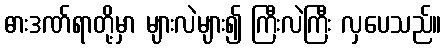
ဓားဒဏ်ရာတို့မှာ များလဲများ၍ ကြီးလဲကြီး လှပေသည်။